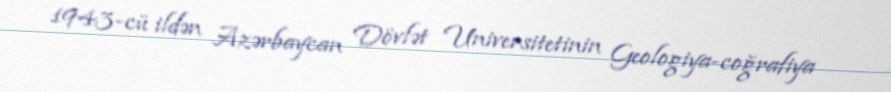
1943-cü ildən Azərbaycan Dövlət Universitetinin Geologiya-coğrafiya